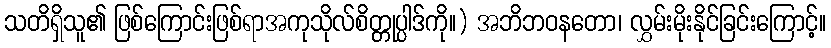
သတိရှိသူ၏ ဖြစ်ကြောင်းဖြစ်ရာအကုသိုလ်စိတ္တုပ္ပါဒ်ကို။) အဘိဘဝနတော၊ လွှမ်းမိုးနိုင်ခြင်းကြောင့်။